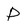
Character: P